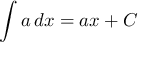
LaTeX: \int a \, d x = a x + C